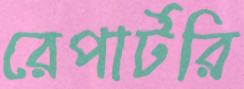
রেপার্টরি